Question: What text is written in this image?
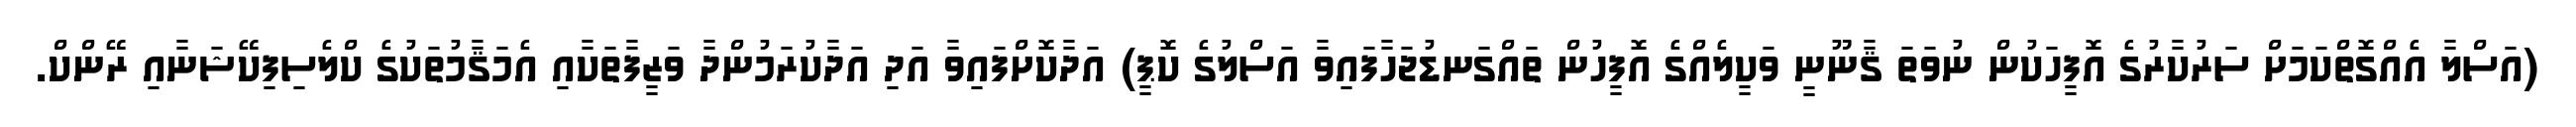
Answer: (އަސްލާ އެއްގޮތްކަމަށް ސަރުކާރުގެ އޮފީހަކުން ނުވަތަ ޤާނޫނީ ވަކީލެއްގެ އޮފީހުން ތައްގަނޑުޖަހާފައިވާ އަސްލުގެ ކޮޕީ) އަދާކޮށްފައިވާ އަދި އަދާކުރަމުންދާ ވަޒީފާތަކާއި އެމަޤާމުތަކުގެ ކްލެސިފިކޭޝަނާއި ރޭންކް.